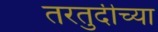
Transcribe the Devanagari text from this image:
तरतुदीच्या